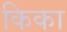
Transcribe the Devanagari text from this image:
किका